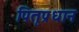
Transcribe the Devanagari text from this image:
पितृप्रधान